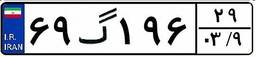
۶۹گ۱۹۶۲۹